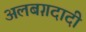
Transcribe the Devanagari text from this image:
अलबग़दादी